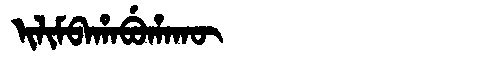
Manchu: ᡳᠯᡳᠮᠪᠠᡥᠠᠪᡠᡥᠠᡴᡡ
Romanization: ILIMBAHABUHAKŪ